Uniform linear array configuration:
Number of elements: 16
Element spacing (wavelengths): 1
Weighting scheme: binomial
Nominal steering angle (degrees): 15
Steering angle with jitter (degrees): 13.739
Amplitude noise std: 0.05
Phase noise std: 0.05

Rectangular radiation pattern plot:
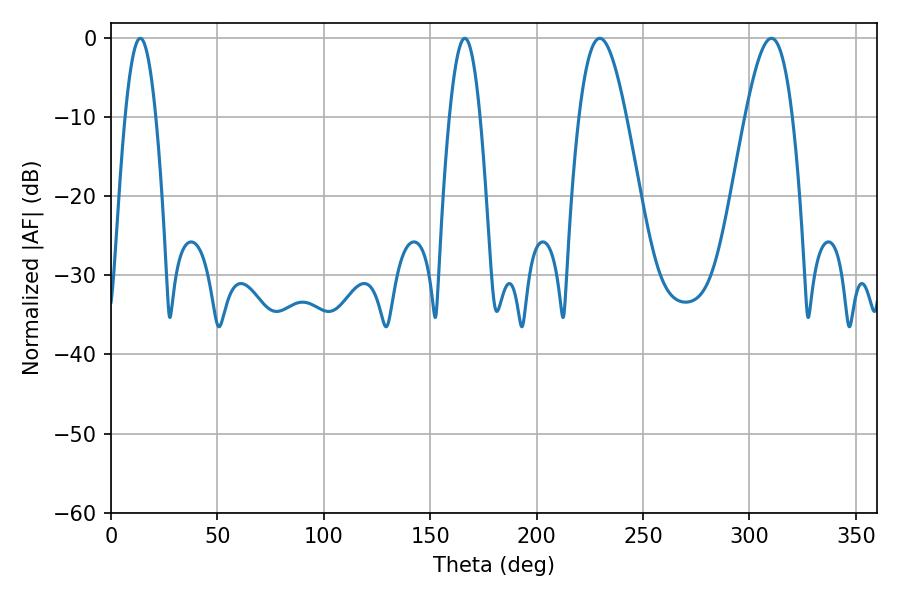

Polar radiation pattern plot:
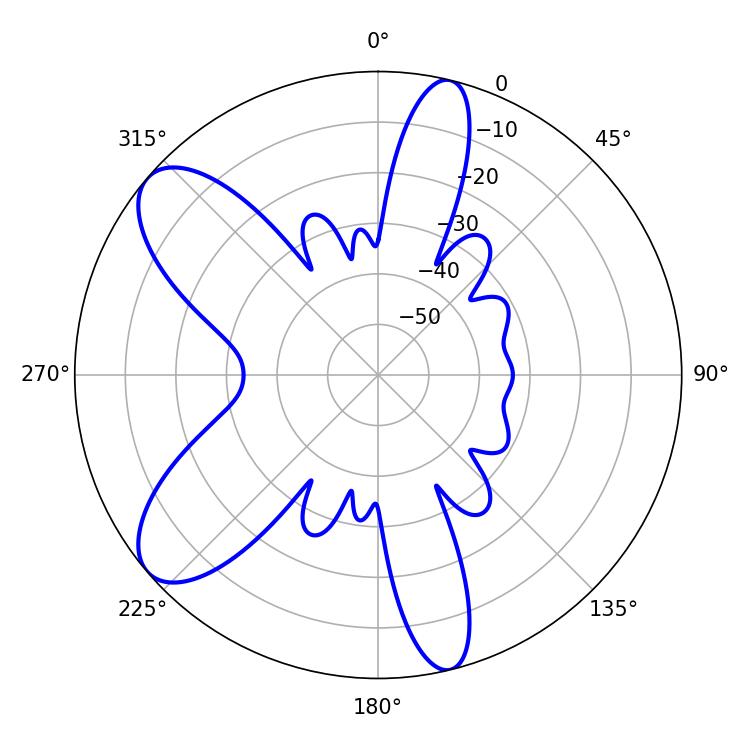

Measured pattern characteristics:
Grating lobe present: TRUE
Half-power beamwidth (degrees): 11.88
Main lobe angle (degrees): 229.68